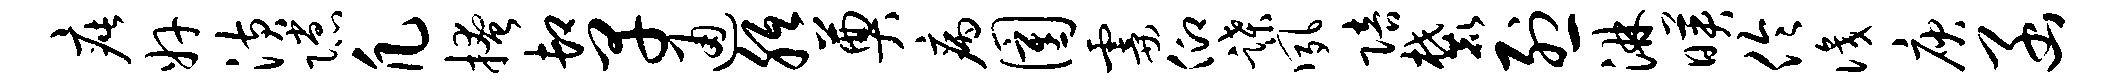
疵奸潢隙凡掩卸早通胝奠病圉霎仰蹀夙陪麓烈淋映伶识庾函